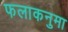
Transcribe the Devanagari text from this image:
फलाकनुमा